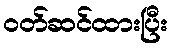
ဝတ်ဆင်ထားပြီး